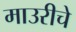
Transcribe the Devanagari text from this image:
माउरीचे